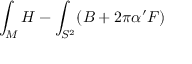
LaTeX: \int _ { M } H - \int _ { S ^ { 2 } } ( B + 2 \pi \alpha ^ { \prime } F )